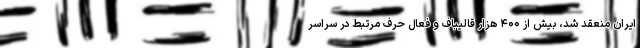
ایران منعقد شد، بیش از ۴۰۰ هزار قالیباف و فعال حرف مرتبط در سراسر